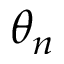
\theta _ { n }